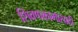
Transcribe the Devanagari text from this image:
शिवणकामासाठी